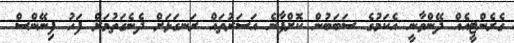
ގެރެންޓީއެއް ދޭންވާނީ އެކަމުގެ ސަބަބުން ކޮށްފާނެ އަސަރުތައް ރަނގަޅަށް ދެނެގަތުމަށް ފަހު ފިނޭންސް